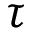
\tau